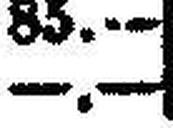
—.—